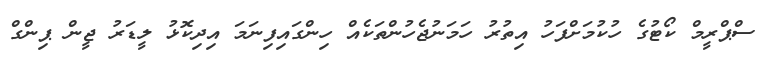
ސްޕްރީމް ކޯޓުގެ ހުކުމަށްފަހު އިތުރު ހަމަނުޖެހުންތަކެއް ހިންގައިފިނަމަ އިދިކޮޅު ލީޑަރު ޖީން ޕިންގް